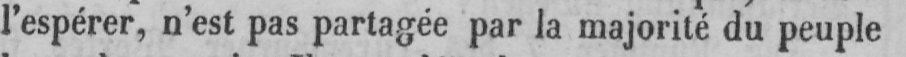
l’espérer, n’est pas partagée par la majorité du peuple